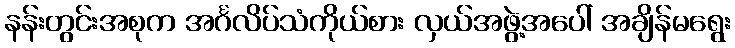
နန်းတွင်းအစုက အင်္ဂလိပ်သံကိုယ်စား လှယ်အဖွဲ့အပေါ် အချိန်မရွေး